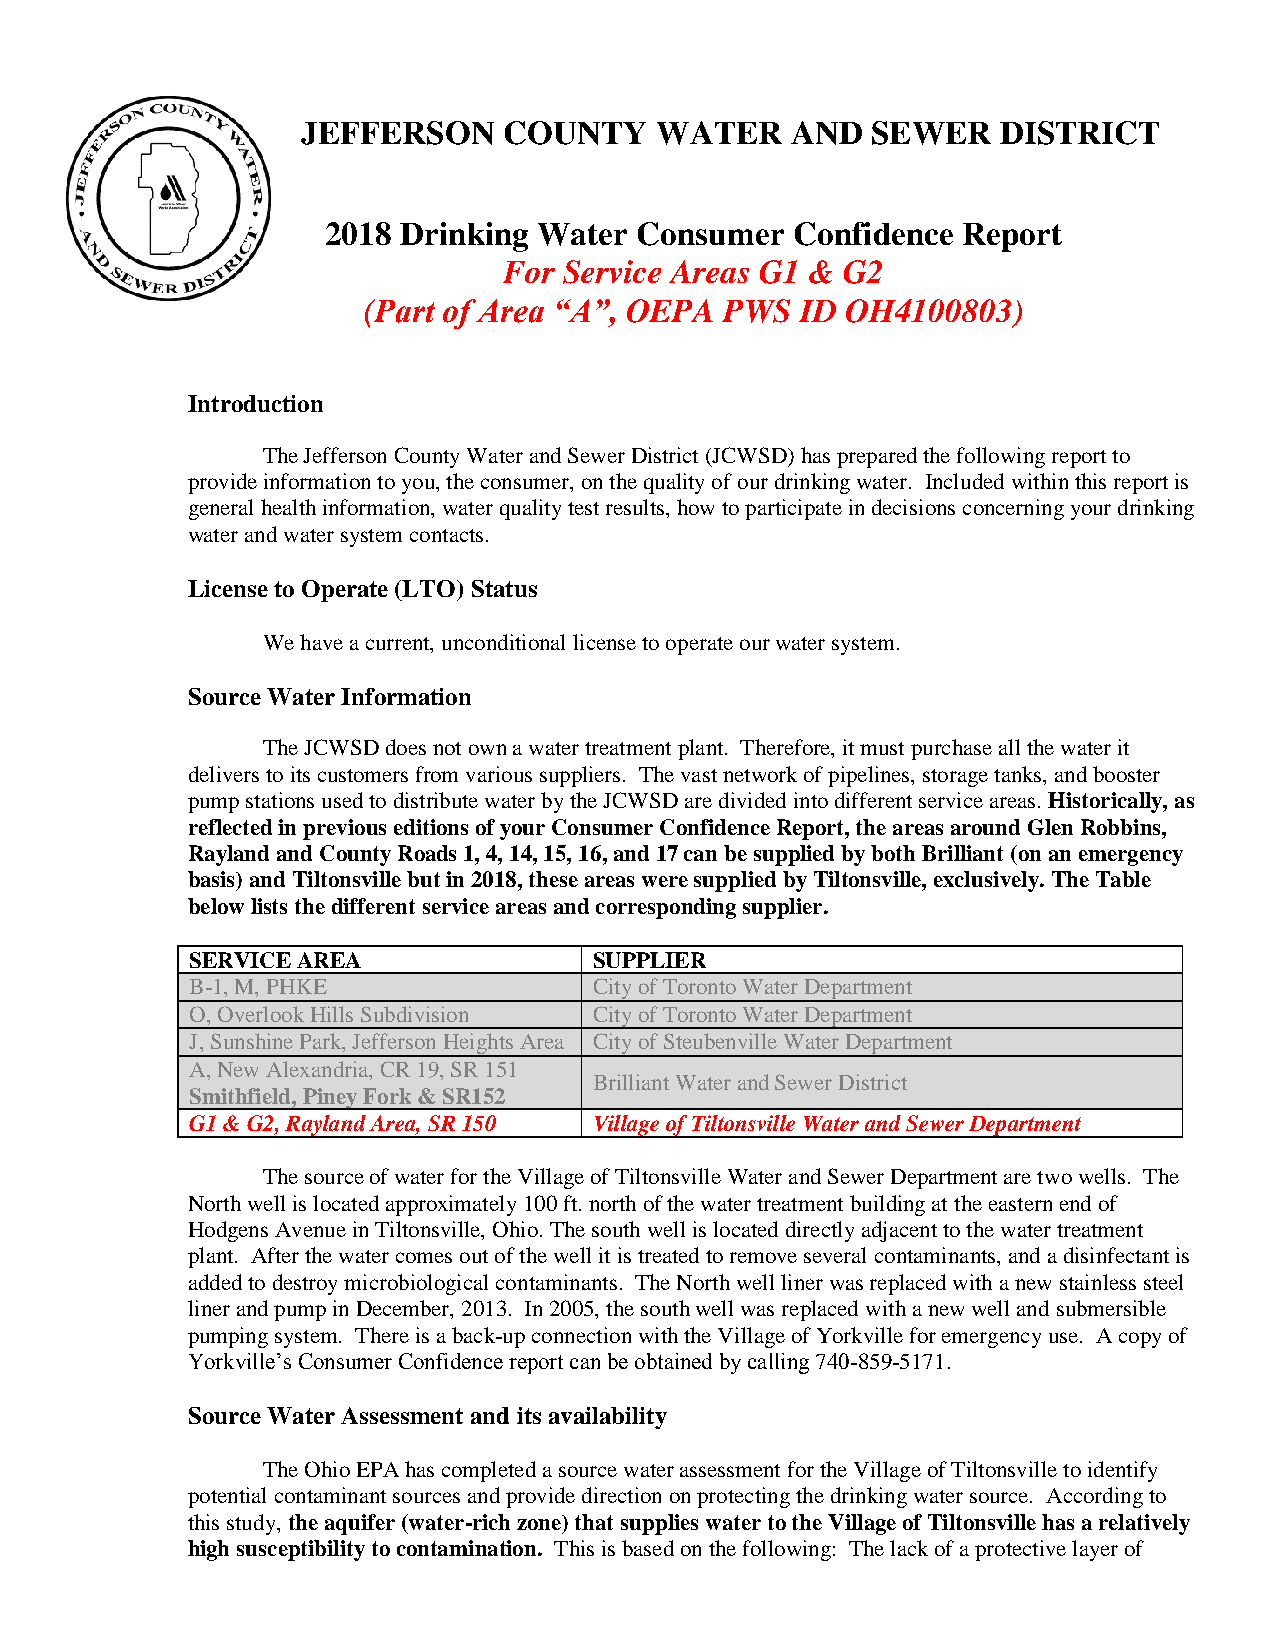
JEFFERSON    COUNTY    WATER    AND   SEWER   DISTRICT
 2018 Drinking Water Consumer  Confidence  Report
 For Service Areas G1 & G2
 (Part of Area “A”, OEPA PWS  ID OH4100803)
 Introduction
 The Jefferson County Water and Sewer District (JCWSD) has prepared the following report to
 provide information to you, the consumer, on the quality of our drinking water. Included within this report is
 general health information, water quality test results, how to participate in decisions concerning your drinking
 water and water system contacts.
 License to Operate (LTO) Status
 We have a current, unconditional license to operate our water system.
 Source Water Information
 The JCWSD does not own a water treatment plant. Therefore, it must purchase all the water it
 delivers to its customers from various suppliers. The vast network of pipelines, storage tanks, and booster
 pump stations used to distribute water by the JCWSD are divided into different service areas. Historically, as
 reflected in previous editions of your Consumer Confidence Report, the areas around Glen Robbins,
 Rayland and County Roads 1, 4, 14, 15, 16, and 17 can be supplied by both Brilliant (on an emergency
 basis) and Tiltonsville but in 2018, these areas were supplied by Tiltonsville, exclusively. The Table
 below lists the different service areas and corresponding supplier.
 SERVICE AREA              SUPPLIER
 B-1, M, PHKE              City of Toronto Water Department
 O, Overlook Hills Subdivision City of Toronto Water Department
 J, Sunshine Park, Jefferson Heights Area City of Steubenville Water Department
 A, New Alexandria, CR 19, SR 151
 Brilliant Water and Sewer District
 Smithfield, Piney Fork & SR152
 G1 & G2, Rayland Area, SR 150 Village of Tiltonsville Water and Sewer Department
 The source of water for the Village of Tiltonsville Water and Sewer Department are two wells. The
 North well is located approximately 100 ft. north of the water treatment building at the eastern end of
 Hodgens Avenue in Tiltonsville, Ohio. The south well is located directly adjacent to the water treatment
 plant. After the water comes out of the well it is treated to remove several contaminants, and a disinfectant is
 added to destroy microbiological contaminants. The North well liner was replaced with a new stainless steel
 liner and pump in December, 2013. In 2005, the south well was replaced with a new well and submersible
 pumping system. There is a back-up connection with the Village of Yorkville for emergency use. A copy of
 Yorkville’s Consumer Confidence report can be obtained by calling 740-859-5171.
 Source Water Assessment and its availability
 The Ohio EPA has completed a source water assessment for the Village of Tiltonsville to identify
 potential contaminant sources and provide direction on protecting the drinking water source. According to
 this study, the aquifer (water-rich zone) that supplies water to the Village of Tiltonsville has a relatively
 high susceptibility to contamination. This is based on the following: The lack of a protective layer of